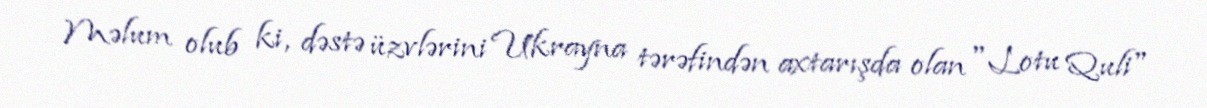
Məlum olub ki, dəstə üzvlərini Ukrayna tərəfindən axtarışda olan "Lotu Quli"